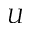
U